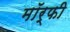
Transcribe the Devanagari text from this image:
मॉर्फी